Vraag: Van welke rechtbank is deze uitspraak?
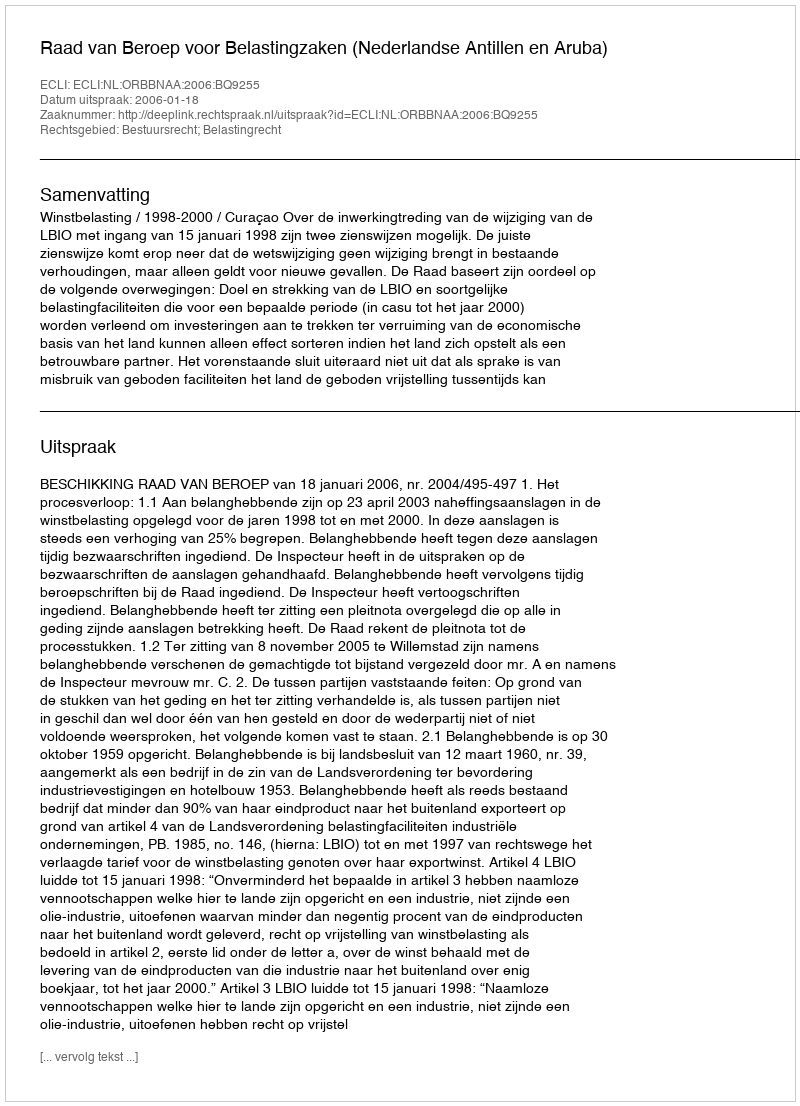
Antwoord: Raad van Beroep voor Belastingzaken (Nederlandse Antillen en Aruba)